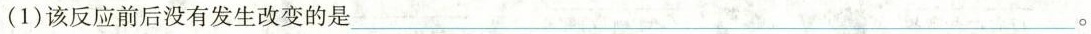
(1)该反应前后没有发生改变的是___。